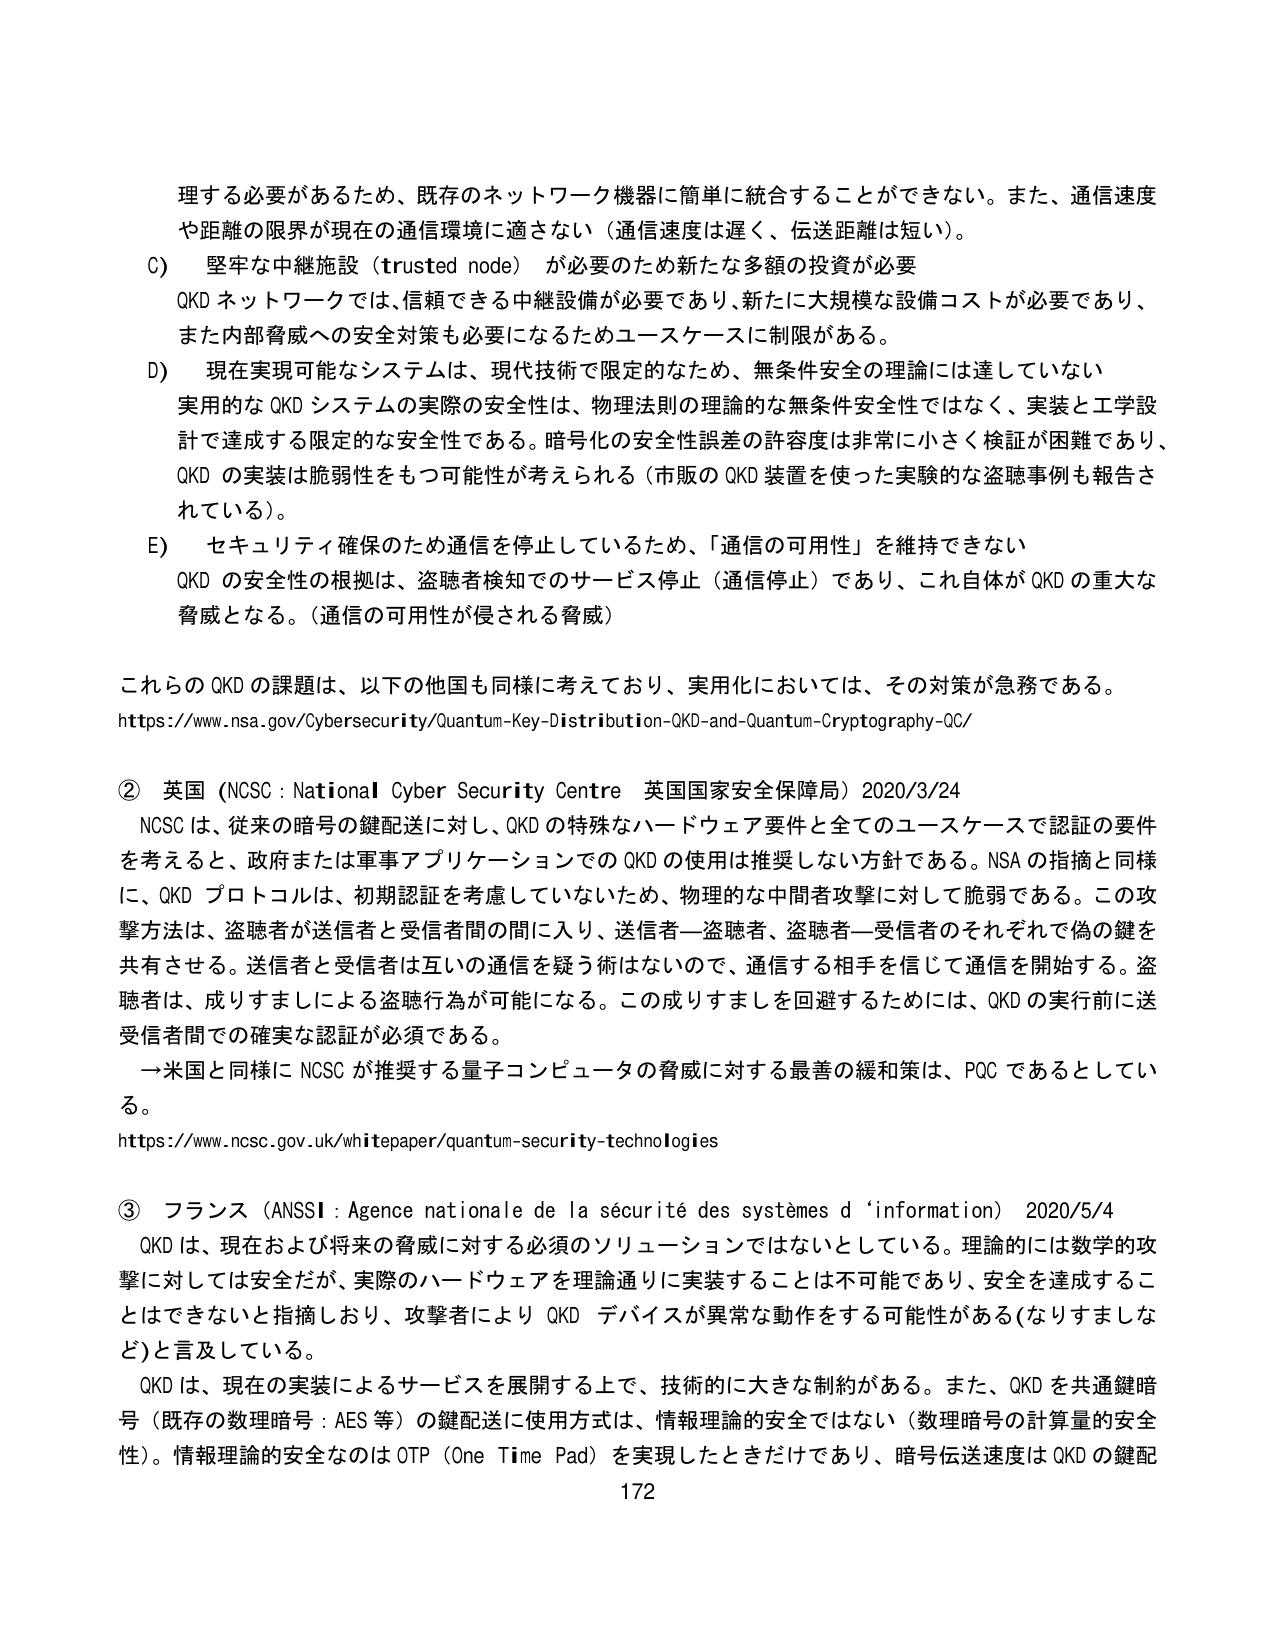
理する必要があるため、既存のネットワーク機器に簡単に統合することができない。また、通信速度や距離の限界が現在の通信環境に適さない（通信速度は遅く、伝送距離は短い）。

C) 堅牢な中継施設（trusted node）が必要のため新たな多額の投資が必要
QKD ネットワークでは、信頼できる中継設備が必要であり、新たに大規模な設備コストが必要であり、また内部脅威への安全対策も必要になるためユースケースに制限がある。

D) 現在実現可能なシステムは、現代技術で限定的なため、無条件安全の理論には達していない
実用的な QKD システムの実際の安全性は、物理法則の理論的な無条件安全性ではなく、実装と工学設計で達成する限定的な安全性である。暗号化の安全性誤差の許容度は非常に小さく検証が困難であり、QKD の実装は脆弱性をもつ可能性が考えられる（市販の QKD 装置を使った実験的な盗聴事例も報告されている）。

E) セキュリティ確保のため通信を停止しているため、「通信の可用性」を維持できない
QKD の安全性の根拠は、盗聴者検知でのサービス停止（通信停止）であり、これ自体が QKD の重大な脅威となる。（通信の可用性が侵される脅威）

これらの QKD の課題は、以下の他国も同様に考えており、実用化においては、その対策が急務である。
https://www.nsa.gov/Cybersecurity/Quantum-Key-Distribution-QKD-and-Quantum-Cryptography-QC/

② 英国（NCSC : National Cyber Security Centre 英国国家安全保障局）2020/3/24
NCSC は、従来の暗号の鍵配送に対し、QKD の特殊なハードウェア要件と全てのユースケースで認証の要件を考えると、政府または軍事アプリケーションでの QKD の使用は推奨しない方針である。NSA の指摘と同様に、QKD プロトコルは、初期認証を考慮していないため、物理的な中間者攻撃に対して脆弱である。この攻撃方法は、盗聴者が送信者と受信者間に入り、送信者―盗聴者、盗聴者―受信者のそれぞれで偽の鍵を共有させる。送信者と受信者は互いの通信を疑う術はないので、通信する相手を信じて通信を開始する。盗聴者は、成りすましによる盗聴行為が可能になる。この成りすましを回避するためには、QKD の実行前に送受信者間での確実な認証が必須である。
→米国と同様に NCSC が推奨する量子コンピュータの脅威に対する最善の緩和策は、PQC であるとしている。
https://www.ncsc.gov.uk/whitepaper/quantum-security-technologies

③ フランス（ANSSI : Agence nationale de la sécurité des systèmes d’information）2020/5/4
QKD は、現在および将来の脅威に対する必須のソリューションではないとしている。理論的には数学的攻撃に対しては安全だが、実際のハードウェアを理論通りに実装することは不可能であり、安全を達成することはできないと指摘しおり、攻撃者により QKD デバイスが異常な動作をする可能性がある（なりすましなど）と言及している。
QKD は、現在の実装によるサービスを展開する上で、技術的に大きな制約がある。また、QKD を共通鍵暗号（既存の数理暗号：AES 等）の鍵配送に使用方式は、情報理論的安全ではない（数理暗号の計算量的安全性）。情報理論的安全なのは OTP（One Time Pad）を実現したときだけであり、暗号伝送速度は QKD の鍵配
172